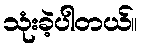
သုံးခဲ့ပါတယ်။